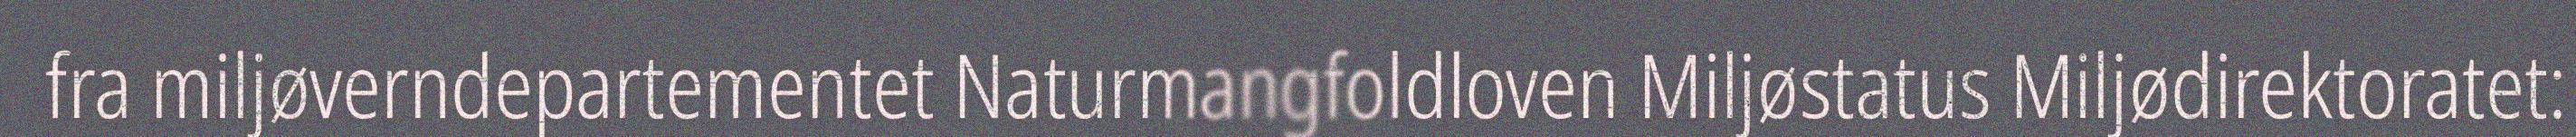
fra miljøverndepartementet Naturmangfoldloven Miljøstatus Miljødirektoratet: